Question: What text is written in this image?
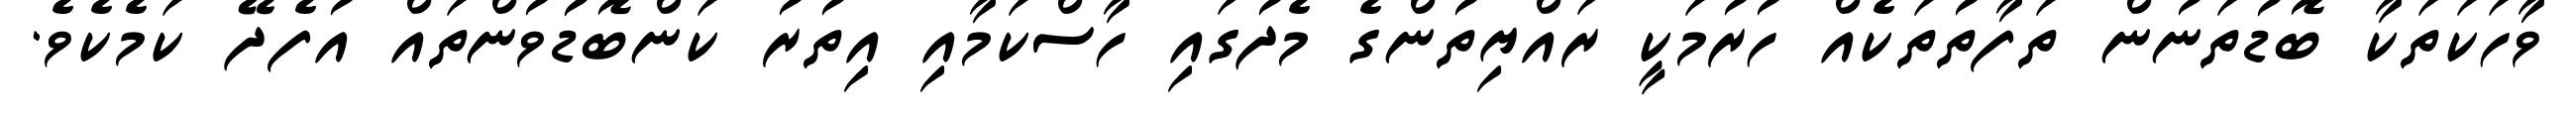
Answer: ވާހަކަތަކާ ބޮޑުތަނުން ތަފާތުތަކެއް ހުރުމަކީ ރައްޔިތުންގެ މެދުގައި ހާސްކަމާއި އިތުރު ކަންބޮޑުވުންތައް އުފެދޭ ކަމެކެވެ.